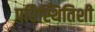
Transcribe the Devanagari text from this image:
परिस्थितिशी